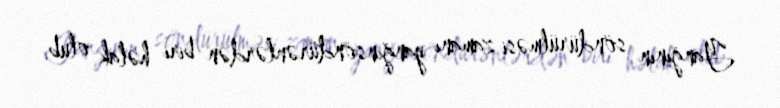
Yanğının söndürülməsi zamanı yanğınsöndürənlərdən biri həlak olub.